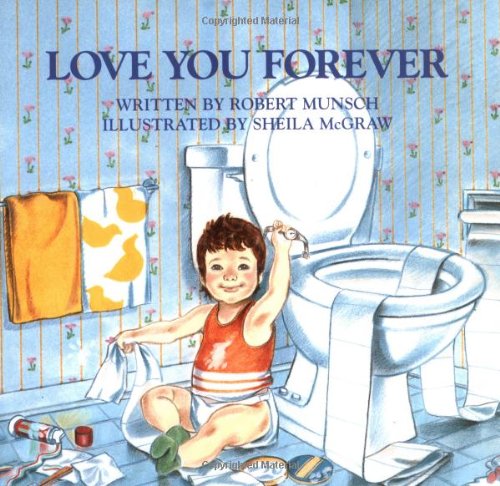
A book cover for Love You Forever; Robert Munsch; Children's Books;